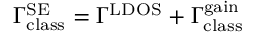
\Gamma _ { \mathrm { c l a s s } } ^ { \mathrm { S E } } = \Gamma ^ { \mathrm { L D O S } } + \Gamma _ { \mathrm { c l a s s } } ^ { \mathrm { g a i n } }